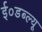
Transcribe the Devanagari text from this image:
ई०डब्ल्यू